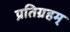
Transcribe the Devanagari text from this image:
प्रतिग्रहम्